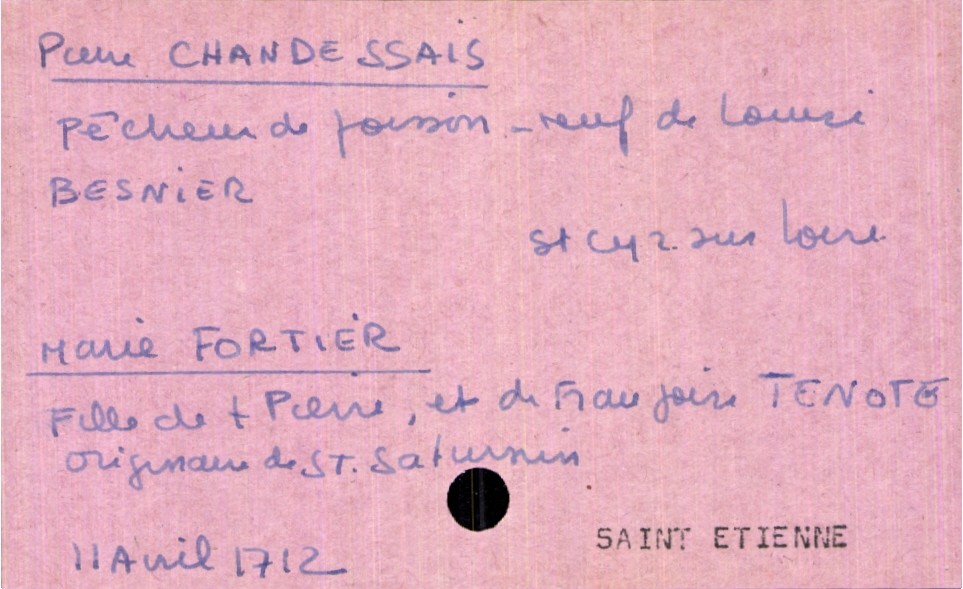
type_acte: Mariage
année: 1712
mois: avril
jour: 11
paroisse: Saint Etienne
marié_nom: Chandessais
marié_prénom: Pierre
marié_profession: pêcheur de poisson
marié_lieu_de_naissance: Saint Cyr sur Loire
marié_statut: veuf
mariée_nom: Fortier
mariée_prénom: Marie
mariée_lieu_de_naissance: Saint Saturnin
père_mariée_nom: Fortier
père_mariée_prénom: Pierre
père_mariée_statut: décédé
mère_mariée_nom: Tenote
mère_mariée_prénom: Françoise